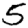
Digit: 5